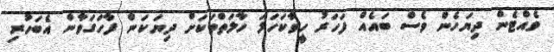
ވެއްޓެން ދިޔަހެން ވެސް ބައެއް ފަހަރު ހީވާކަހަލަ ހާލަތްތަކަށް ދިޔަކަން ފާހަގަވާން އެބަހުރި